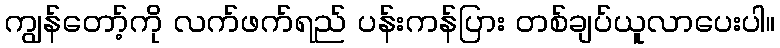
ကျွန်တော့်ကို လက်ဖက်ရည် ပန်းကန်ပြား တစ်ချပ်ယူလာပေးပါ။